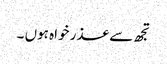
تجھ سے عذر خواہ ہوں ۔